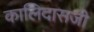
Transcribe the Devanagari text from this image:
कालिदासजी